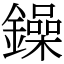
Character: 鐰